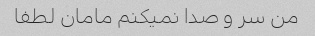
من سر و صدا نمیکنم مامان لطفا